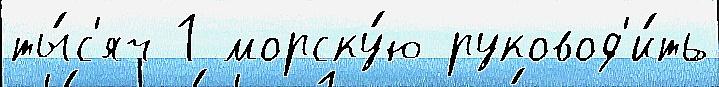
ты́с'яч 1 морску́ю руковод'и́ть